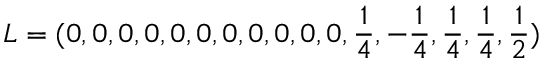
L = ( 0 , 0 , 0 , 0 , 0 , 0 , 0 , 0 , 0 , 0 , 0 , { \frac { 1 } { 4 } } , - { \frac { 1 } { 4 } } , { \frac { 1 } { 4 } } , { \frac { 1 } { 4 } } , { \frac { 1 } { 2 } } )